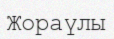
Жораүлы